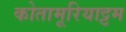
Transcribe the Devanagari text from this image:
कोतामूरियाट्टम